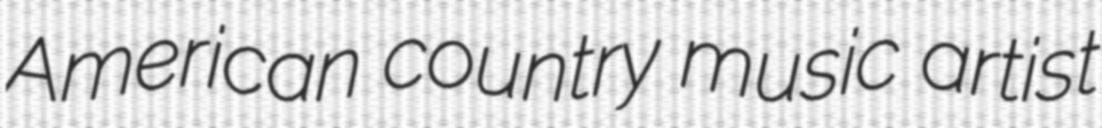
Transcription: American country music artist